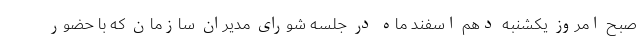
صبح امروز یکشنبه دهم اسفند ماه در جلسه شورای مدیران سازمان که با حضور